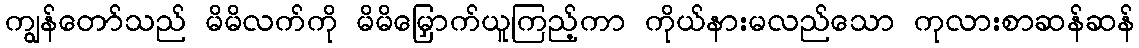
ကျွန်တော်သည် မိမိလက်ကို မိမိမြှောက်ယူကြည့်ကာ ကိုယ်နားမလည်သော ကုလားစာဆန်ဆန်